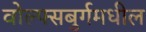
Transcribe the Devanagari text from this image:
वोल्फ्सबुर्गमधील